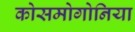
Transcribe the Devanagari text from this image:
कोसमोगोनिया